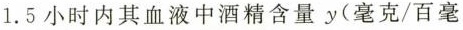
1.5小时内其血液中酒精含量y(毫克/百毫